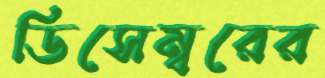
ডিসেম্বরের